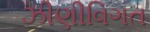
ઝીણીવિગત